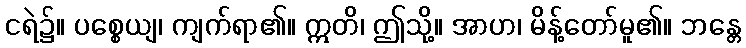
ငရဲ၌။ ပစ္စေယျ၊ ကျက်ရာ၏။ ဣတိ၊ ဤသို့။ အာဟ၊ မိန့်တော်မူ၏။ ဘန္တေ